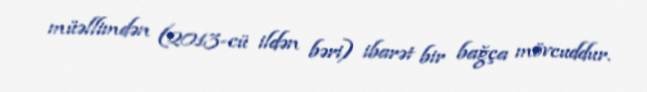
müəllimdən (2013-cü ildən bəri) ibarət bir bağça mövcuddur.